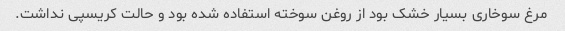
مرغ سوخاری بسیار خشک بود از روغن سوخته استفاده شده بود و حالت کریسپی نداشت.